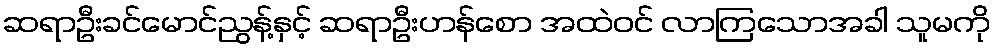
ဆရာဦးခင်မောင်ညွန့်နှင့် ဆရာဦးဟန်စော အထဲဝင် လာကြသောအခါ သူမကို